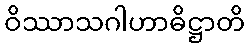
ဝိဿာသဂါဟာဓိဋ္ဌာတိ